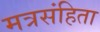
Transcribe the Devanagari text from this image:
मत्रसंहिता